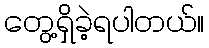
တွေ့ရှိခဲ့ရပါတယ်။